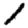
Digit: 1